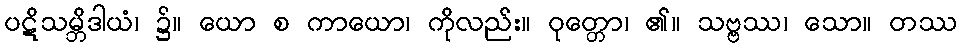
ပဋိသမ္ဘိဒါယံ၊ ၌။ ယော စ ကာယော၊ ကိုလည်း။ ဝုတ္တော၊ ၏။ သဗ္ဗဿ၊ သော။ တဿ